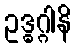
ဥဒ္ဓဂ္ဂါနိ